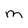
Character: m